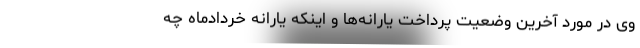
وی در مورد آخرین وضعیت پرداخت یارانه‌ها و اینکه یارانه خردادماه چه